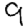
Digit: 9